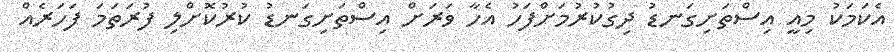
އެކަމަކު މިއީ އިސްތަށިގަނޑު ދިގުކުރުމަށްފަހު އެހާ ވަރަށް އިސްތަށިގަނޑު ކުރުކޮށްލި ފުރަތަމަ ފަހަރެއް